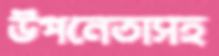
উপনেতাসহ